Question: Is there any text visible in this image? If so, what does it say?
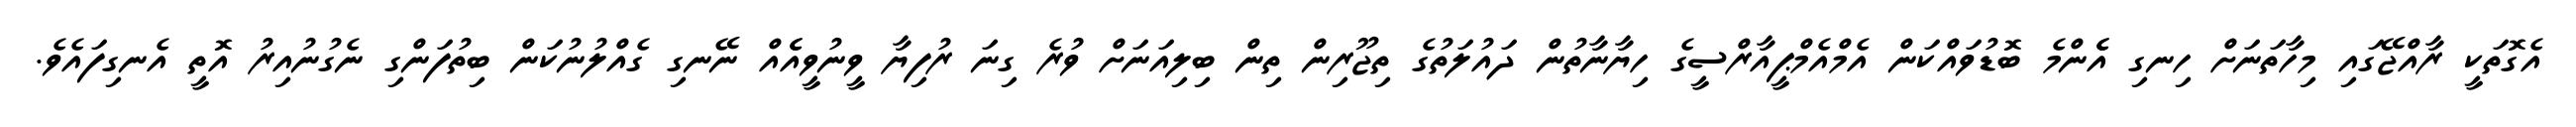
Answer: އެގޮތަކީ ރާއްޖޭގައި މިހާތަނަށް ހިނގި އެެންމެ ބޮޑުވައްކަން އެމްއެމްޕީއާރްސީގެ ހިޔާނާތުން ދައުލަތުގެ ތިޖޫރިން ތިން ބިލިއަނަށް ވުރެ ގިނަ ރުފިޔާ ވީނުވީއެެއް ނޭނގި ގެއްލުނުކަން ބިތުފަންގި ނެގުނުއިރު އޮތީ އެނގިފައެވެ.